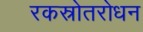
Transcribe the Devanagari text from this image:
रकस्रोतरोधन